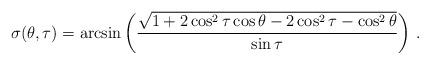
LaTeX: \begin{align*}\sigma (\theta, \tau) &= \arcsin \left( \frac{ \sqrt{1+ 2 \cos^2 \tau \cos \theta - 2 \cos^2 \tau - \cos^2 \theta } }{ \sin \tau } \right ) \,.\end{align*}